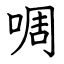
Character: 啁